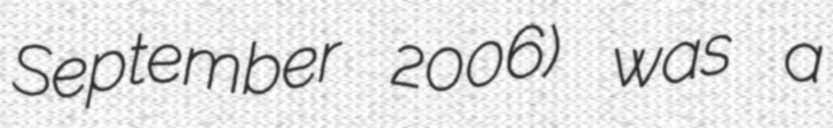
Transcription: September 2006) was a